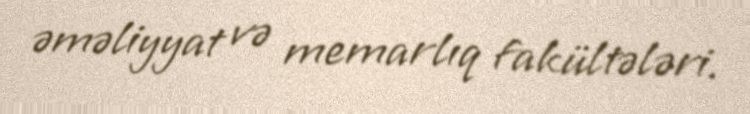
əməliyyat və memarlıq fakültələri.